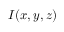
I ( x , y , z )